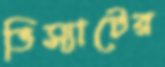
ভিস্যাটের